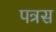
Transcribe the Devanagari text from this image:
पत्रस